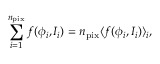
\sum _ { i = 1 } ^ { n _ { \mathrm { p i x } } } f ( \phi _ { i } , I _ { i } ) = n _ { \mathrm { p i x } } \langle f ( \phi _ { i } , I _ { i } ) \rangle _ { i } ,